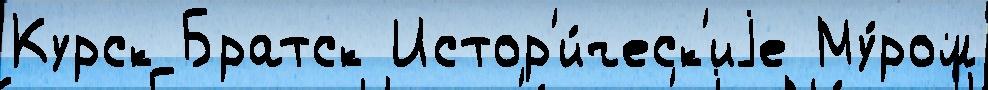
Курск Братск Истор'и́ческ'иjе Му́ром